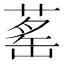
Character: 䔄